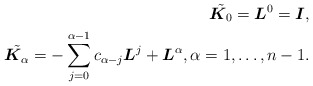
\begin{align*} \tilde{\boldsymbol{K}_0} = \boldsymbol{L}^0=\boldsymbol{I}, \\\tilde{\boldsymbol{K}_\alpha} = -\sum_{j=0}^{\alpha -1} c_{\alpha-j} \boldsymbol{L}^j+\boldsymbol{L}^\alpha , \alpha=1,\ldots, n-1.\end{align*}